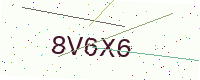
Text: 8V6X6